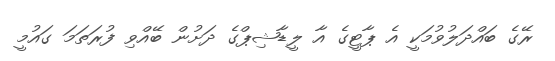
ރޭގެ ބައްދަލުވުމަކީ އެ ޕާޓީގެ އާ ލީޑާޝިޕްގެ ދަށުން ބޭއްވި ފުރަތަމަ ގައުމީ